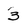
Character: 3